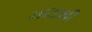
મદદથી